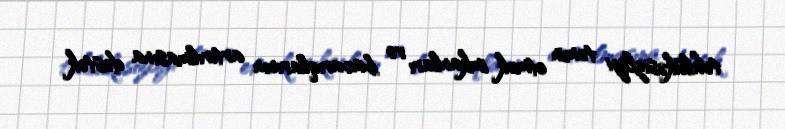
təhlükəsizliyi təmin etmək imkanları və bacarıqlarının artırılmasına dəstək